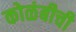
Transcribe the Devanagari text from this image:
कोळंबीची